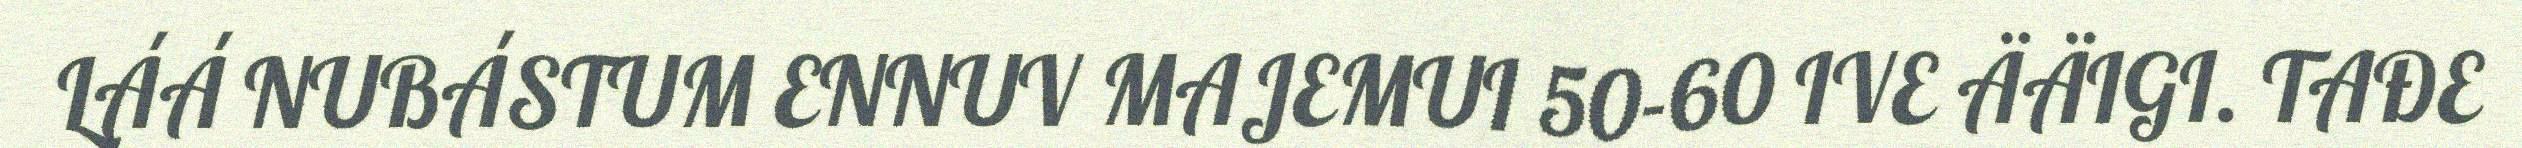
LÁÁ NUBÁSTUM ENNUV MAJEMUI 50-60 IVE ÄÄIGI. TAĐE